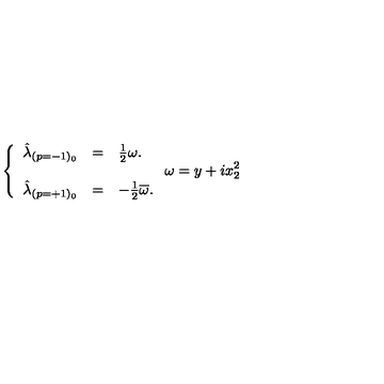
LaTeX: \left\{ \begin{array} { r c l } { \hat { \lambda } _ { ( p = - 1 ) _ { 0 } } } & { = } & { { \textstyle \frac { 1 } { 2 } } \omega . } \\ { } & { } & { } \\ { \hat { \lambda } _ { ( p = + 1 ) _ { 0 } } } & { = } & { - { \textstyle \frac { 1 } { 2 } } \overline { { \omega } } . } \\ \end{array} \right. \omega = y + i x _ { 2 } ^ { 2 }